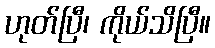
ဟုတ်ပြီ၊ ကိုယ်သိပြီ။